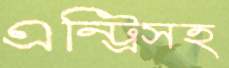
এন্ট্রিসহ